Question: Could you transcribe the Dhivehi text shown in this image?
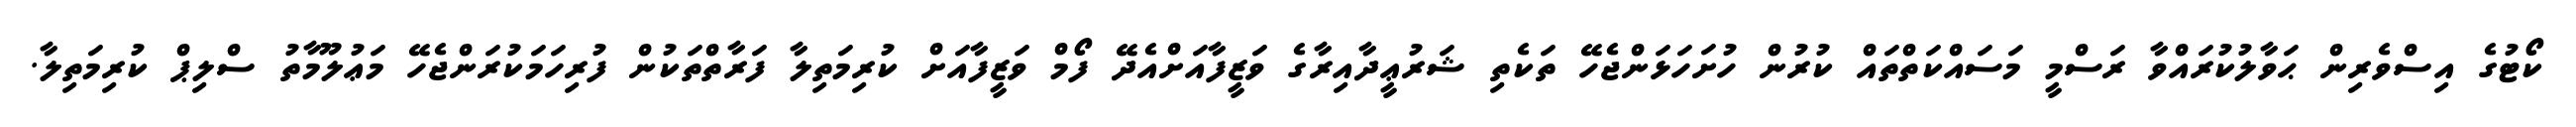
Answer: ކޯޓުގެ އިސްވެރިން ޙަވާލުކުރައްވާ ރަސްމީ މަސައްކަތްތައް ކުރުން ހުށަހަޅަންޖެހޭ ތަކެތި ޝަރުޢީދާއިރާގެ ވަޒީފާއަށްއެދޭ ފޯމް ވަޒީފާއަށް ކުރިމަތިލާ ފަރާތްތަކުން ފުރިހަމަކުރަންޖެހޭ މަޢުލޫމާތު ސްލިޕް ކުރިމަތިލާ.